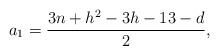
LaTeX: \begin{align*}a_1=\frac{3n+h^2-3h-13-d}{2},\end{align*}